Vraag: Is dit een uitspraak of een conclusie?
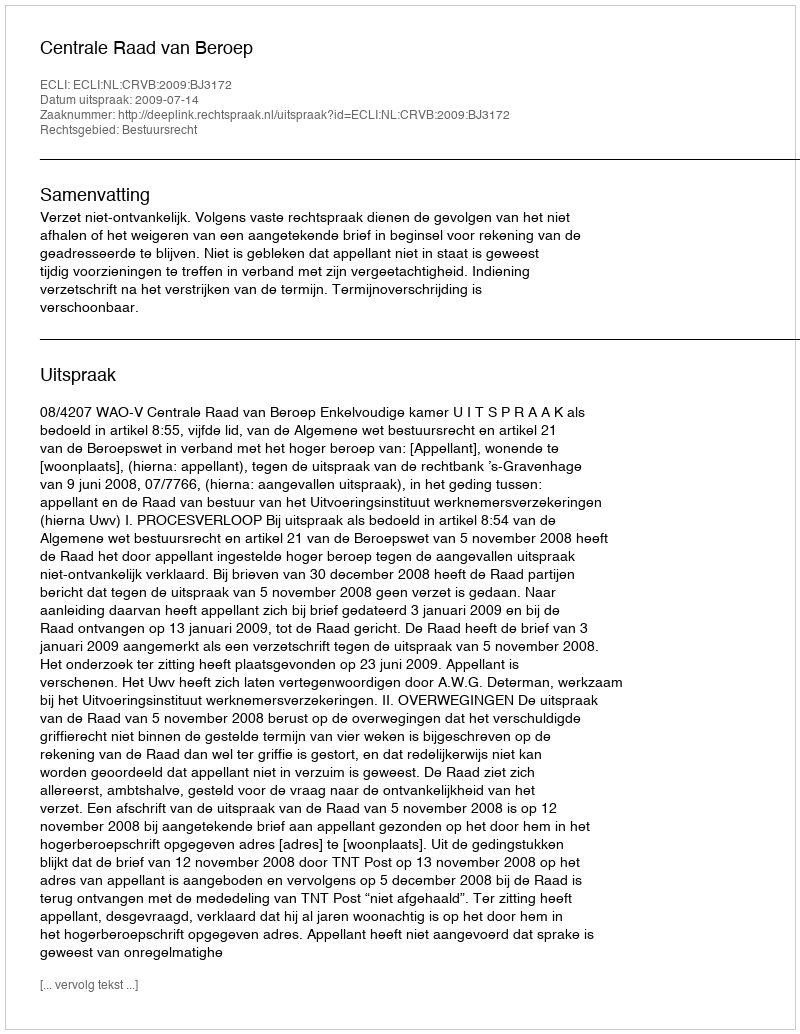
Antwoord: Uitspraak